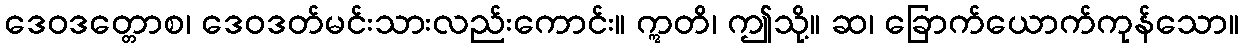
ဒေဝဒတ္တောစ၊ ဒေဝဒတ်မင်းသားလည်းကောင်း။ ဣတိ၊ ဤသို့။ ဆ၊ ခြောက်ယောက်ကုန်သော။